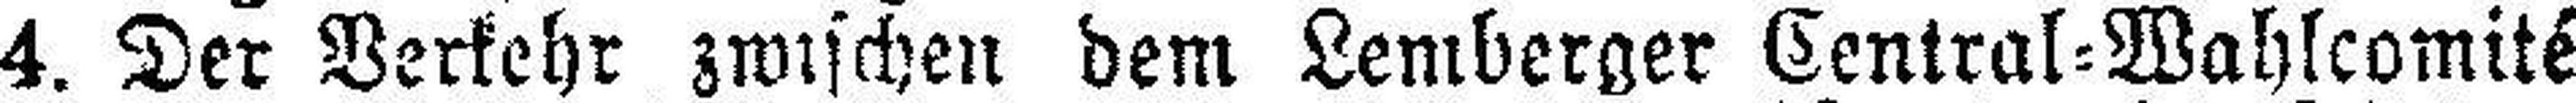
4. Der Verkehr zwischen dem Lemberger Central=Wahlcomité